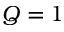
Q = 1